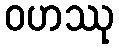
ဝဟဿု